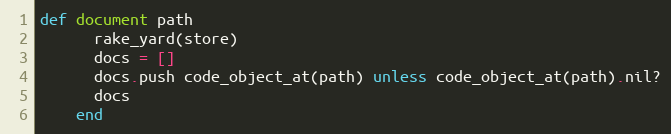
Language: Ruby
def document path
      rake_yard(store)
      docs = []
      docs.push code_object_at(path) unless code_object_at(path).nil?
      docs
    end